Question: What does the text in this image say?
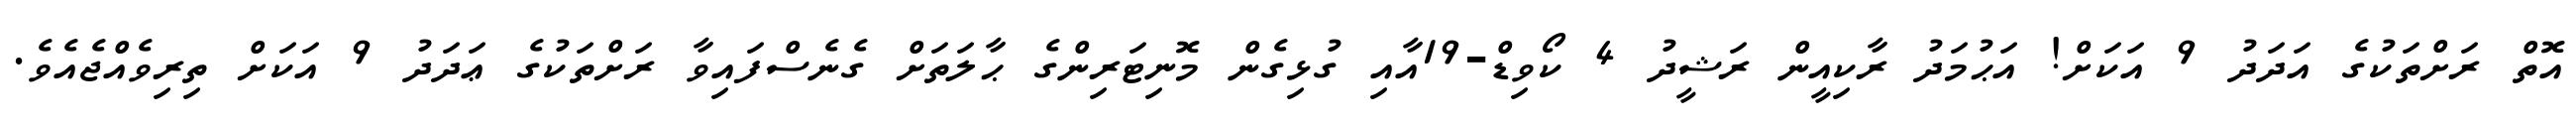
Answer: އޮތް ރަށްތަކުގެ އަދަދު 9 އަކަށް! އަޙުމަދު ރާކިއީން ރަޝީދު 4 ކޯވިޑް-19އާއި ގުޅިގެން މޮނިޓަރިންގެ ޙާލަތަށް ގެނެސްފައިވާ ރަށްތަކުގެ ޢަދަދު 9 އަކަށް ތިރިވެއްޖެއެވެ.